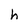
Character: h